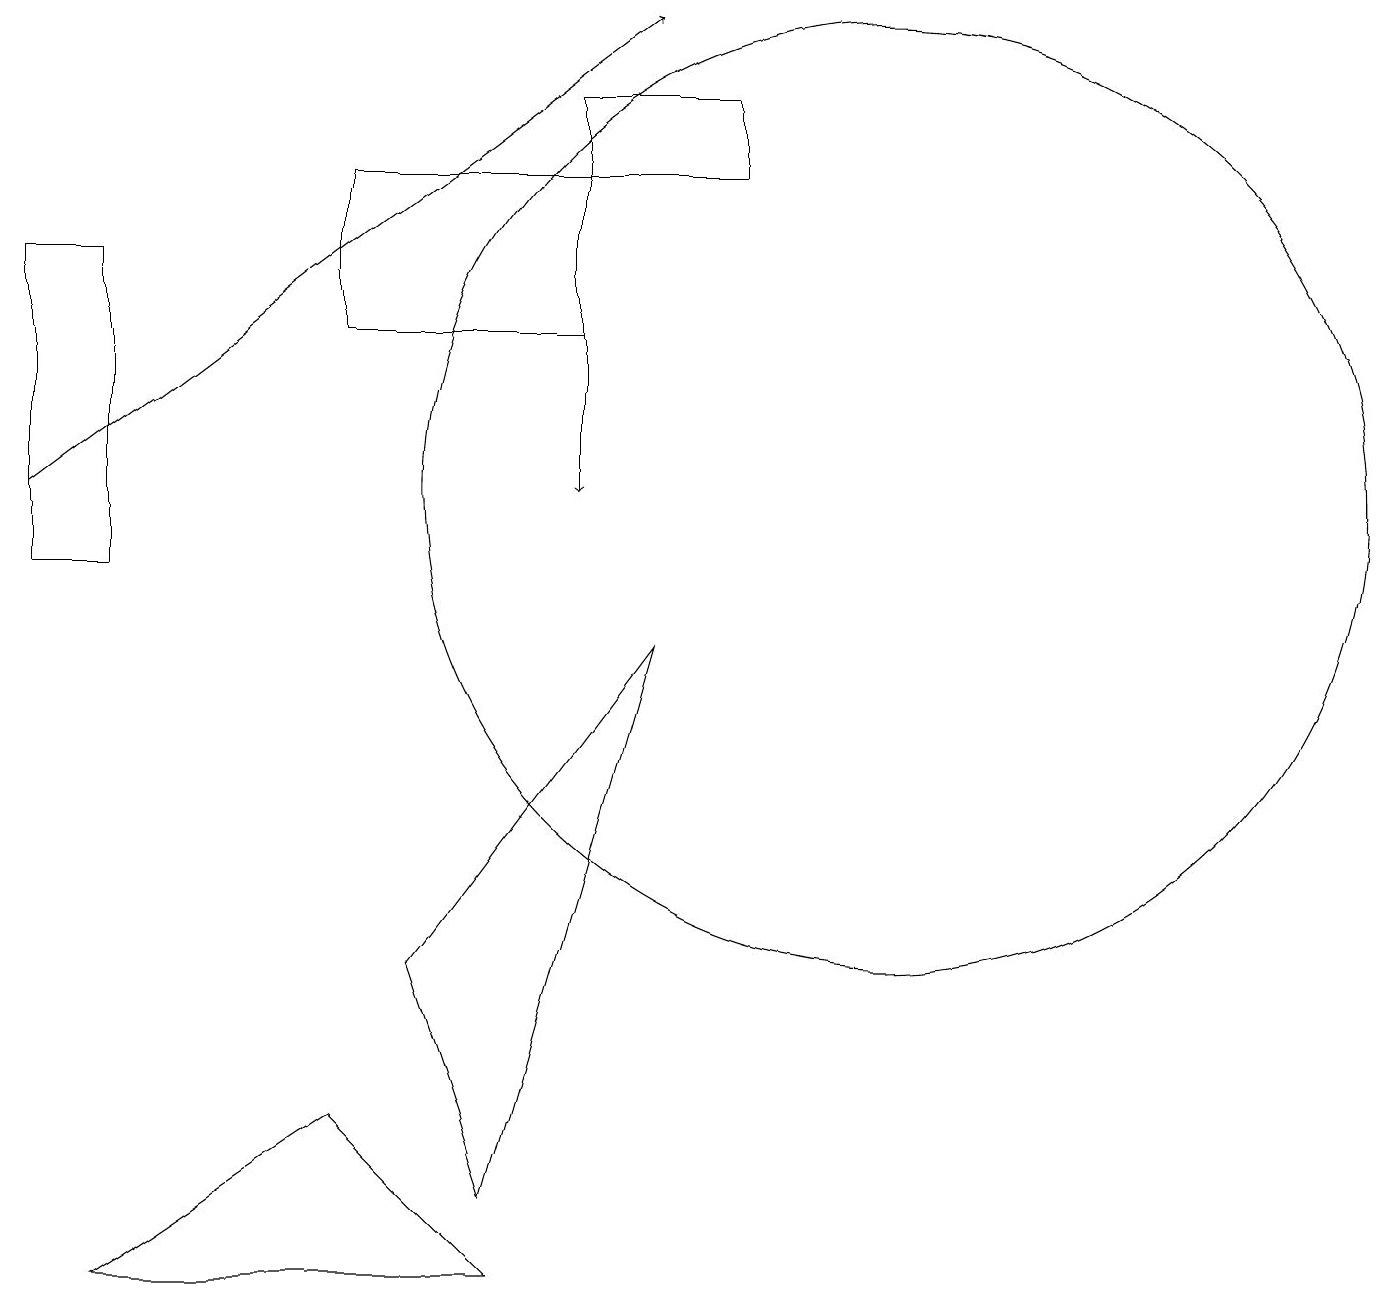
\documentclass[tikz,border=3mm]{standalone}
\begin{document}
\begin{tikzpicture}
\draw (4,15) rectangle (7,13);
\draw (11,11) circle (6);
\draw[->] (7,13) -- (7,11);
\draw (0,14) rectangle (1,10);
\draw (6,1) -- (4,3) -- (1,1) -- cycle;
\draw (6,2) -- (5,5) -- (8,9) -- cycle;
\draw (9,15) rectangle (7,16);
\draw[->] (0,11) -- (8,17);
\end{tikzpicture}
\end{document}